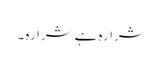
شرارہ ہے شرارہ ۔